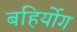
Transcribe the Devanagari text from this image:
बहिर्योग